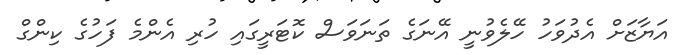
އަޔާޒަށް އެދުވަހު ހޭލެވުނީ އޭނަގެ ތަނަވަސް ކޮޓަރީގައި ހުރި އެންމެ ފަހުގެ ކިންގް